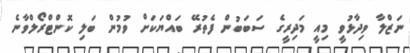
ނަޒްލާ ވިދާޅުވީ މިއީ މަދިރީގެ ސަބަބުން ފެތުރޭ ބައްޔަކަށް ވުމުން ބަލި ކޮންޓްރޯލްވާނެ